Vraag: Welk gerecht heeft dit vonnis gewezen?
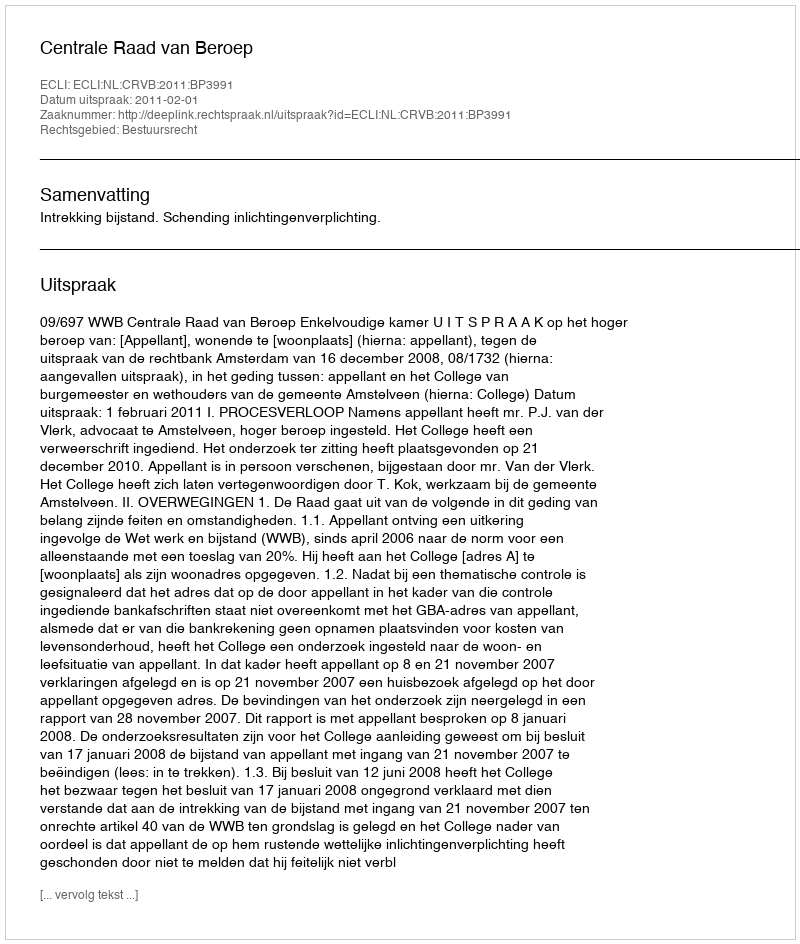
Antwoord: Centrale Raad van Beroep